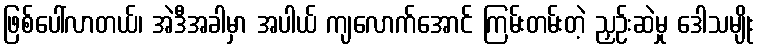
ဖြစ်ပေါ်လာတယ်၊ အဲဒီအခါမှာ အပါယ် ကျလောက်အောင် ကြမ်းတမ်းတဲ့ ညှဉ်းဆဲမှု ဒေါသမျိုး